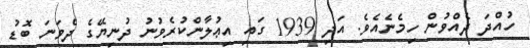
ހުއްދަ ދެއްވުން ހިމެނެއެވެ. އަދި 1939 ގައި އިޢުލާންކުރެވުނު ދުނިޔޭގެ ދެވަނަ ބޮޑު